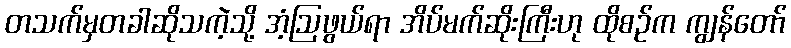
တသက်မှတခါဆိုသကဲ့သို့ အံ့ဩဖွယ်ရာ အိပ်မက်ဆိုးကြီးဟု ထိုစဉ်က ကျွန်တော်